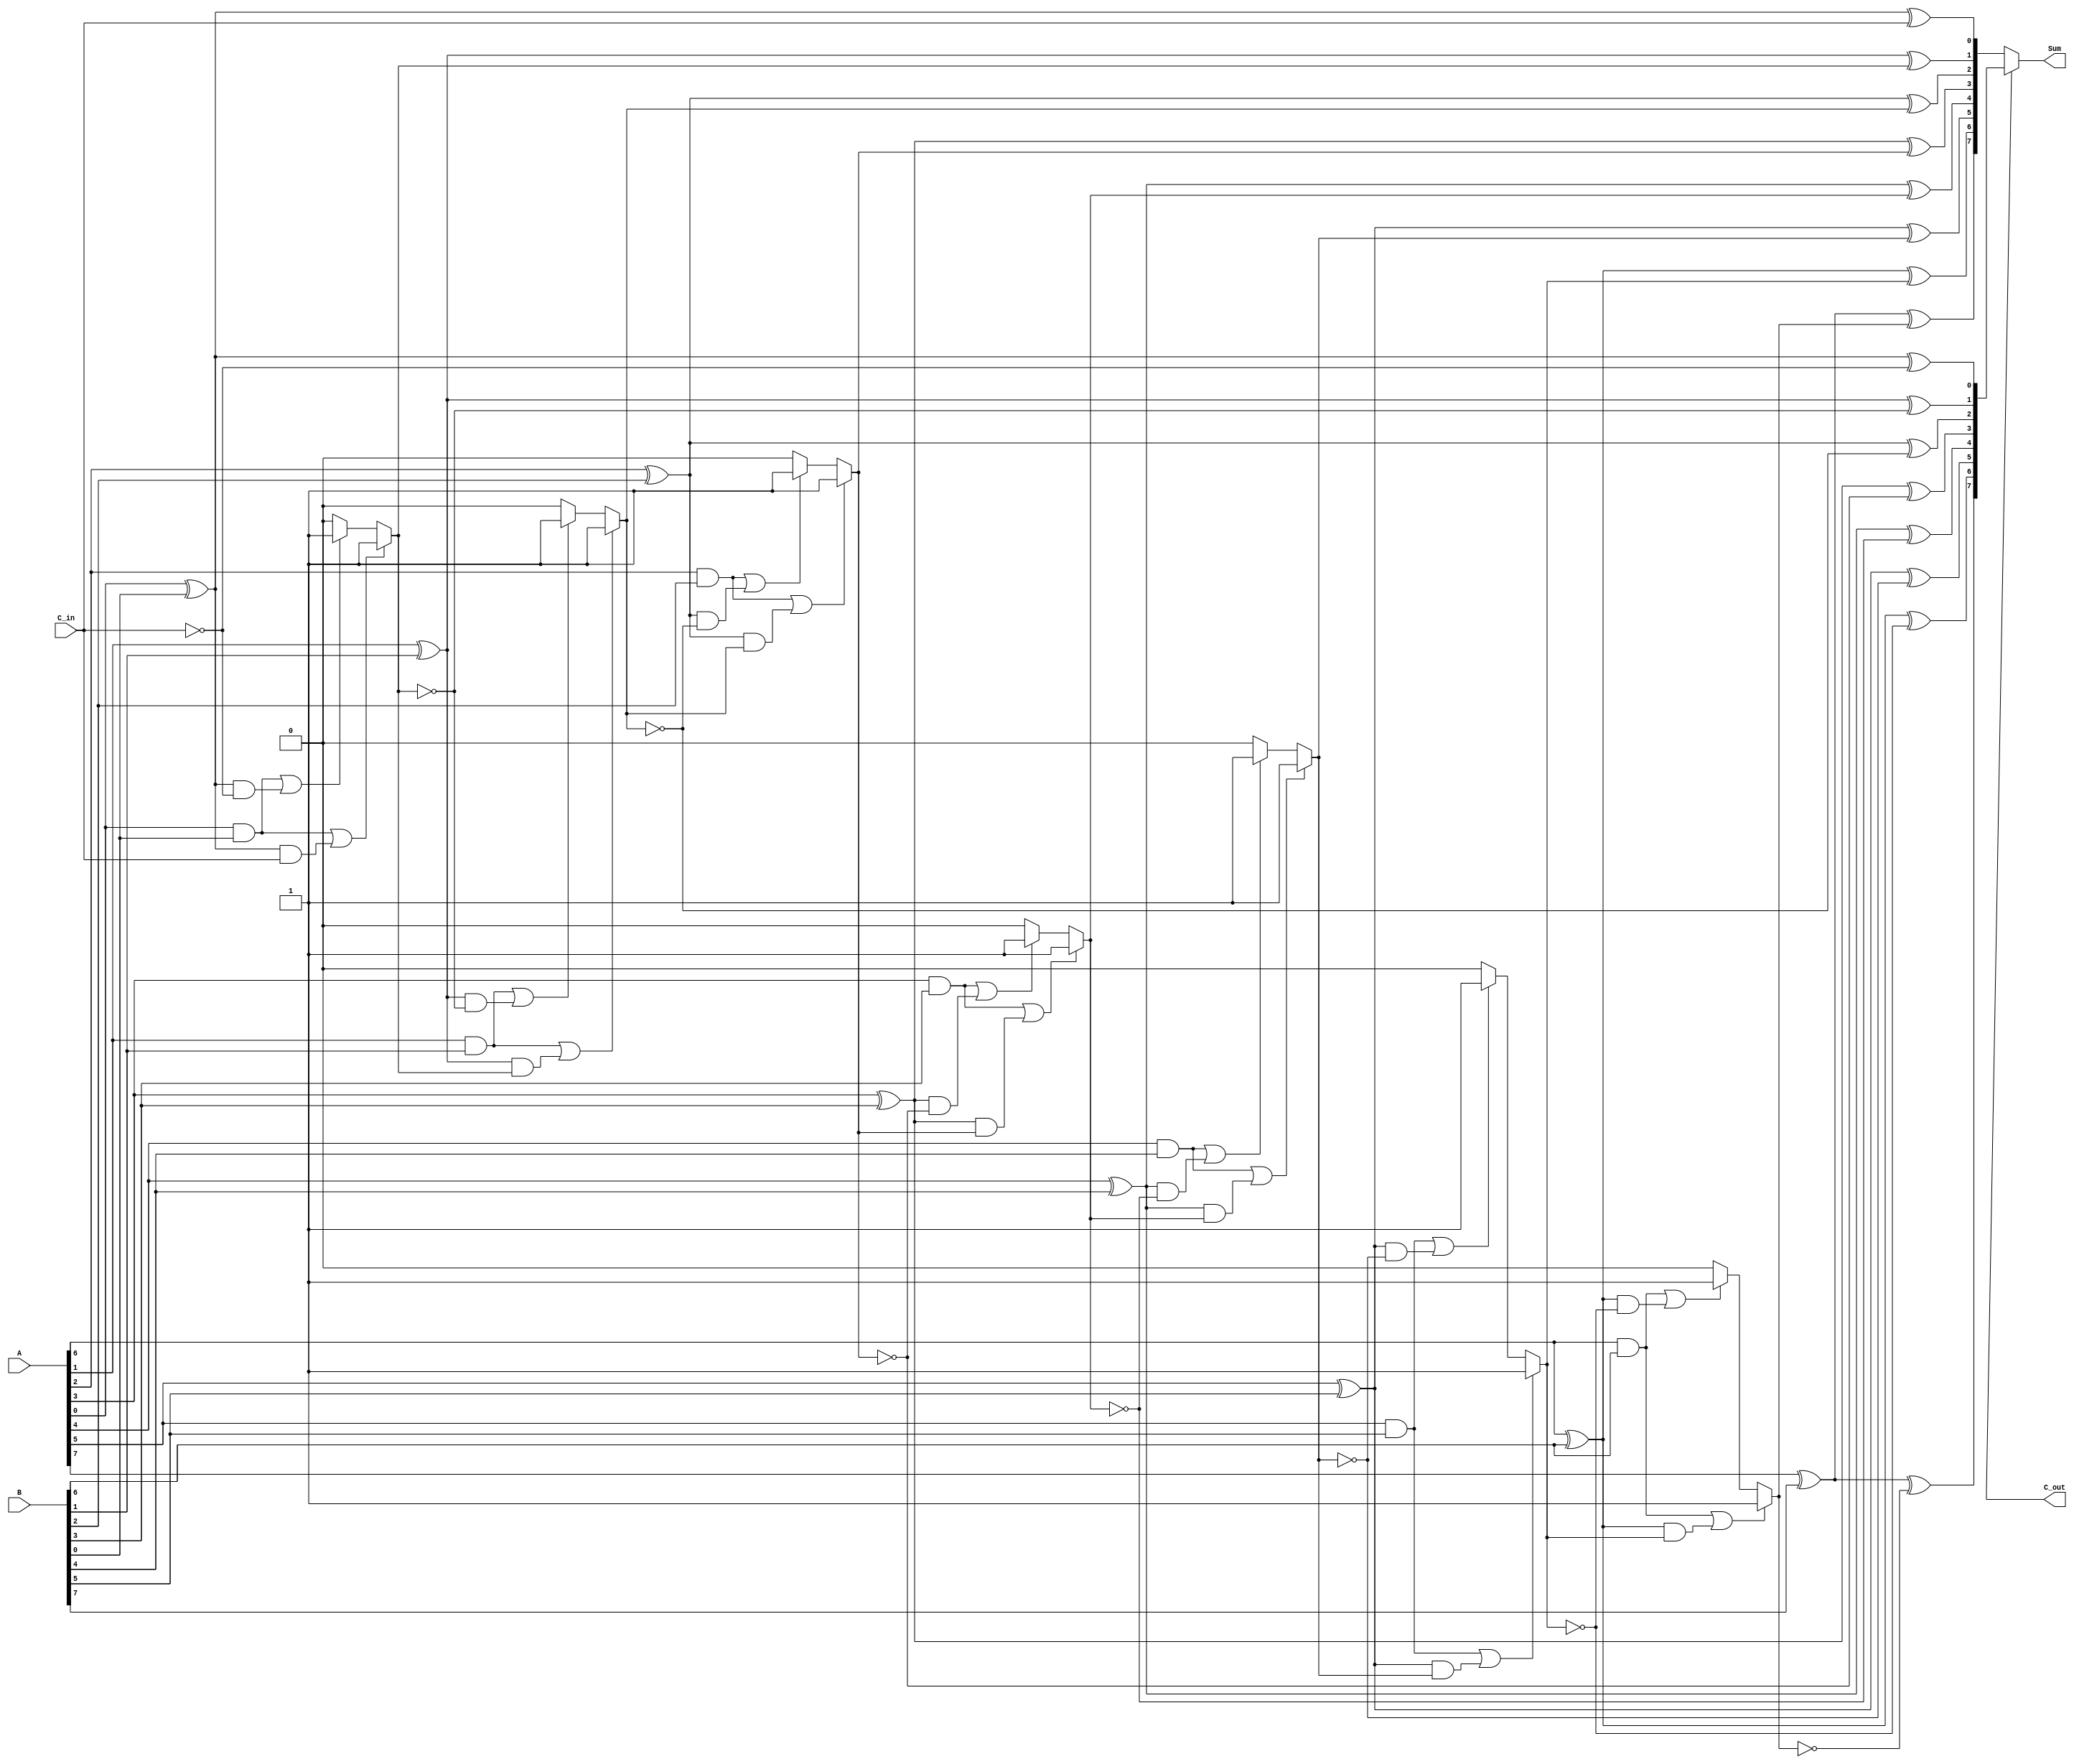
module conditional_sum_adder #(
    parameter N = 8  // Number of bits
)(
    input  [N-1:0] A,           // First operand
    input  [N-1:0] B,           // Second operand
    input  C_in,                // Carry-in
    output [N-1:0] Sum,         // Sum output
    output C_out                // Carry-out
);

    wire [N-1:0] S0;            // Sum if carry-in is 0
    wire [N-1:0] S1;            // Sum if carry-in is 1
    wire [N-1:0] C_out0;        // Carry-out if carry-in is 0
    wire [N-1:0] C_out1;        // Carry-out if carry-in is 1
    wire [N-1:0] carry;         // Carry propagation

    // Generate S0, S1, C_out0, and C_out1 for each bit slice
    genvar i;
    generate
        for (i = 0; i < N; i = i + 1) begin : CSA_BIT
            // Sum calculations
            assign S0[i] = A[i] ^ B[i] ^ (i == 0 ? C_in : carry[i-1]);
            assign S1[i] = A[i] ^ B[i] ^ (i == 0 ? ~C_in : ~carry[i-1]);

            // Carry calculations
            assign C_out0[i] = (A[i] & B[i]) | ((A[i] ^ B[i]) & (i == 0 ? C_in : carry[i-1]));
            assign C_out1[i] = (A[i] & B[i]) | ((A[i] ^ B[i]) & (i == 0 ? ~C_in : ~carry[i-1]));

            // Carry selection for the next bit
            if (i < N-1) begin
                assign carry[i] = C_out0[i] ? 1'b1 : (C_out1[i] ? 1'b1 : 1'b0);
            end
        end
    endgenerate

    // Final carry selection and sum output
    assign C_out = carry[N-1];
    assign Sum = C_out ? S1 : S0;

endmodule